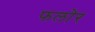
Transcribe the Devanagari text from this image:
फलोर